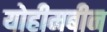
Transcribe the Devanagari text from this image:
योहीमबीन